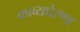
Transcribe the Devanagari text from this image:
काव्यप्रेरणा